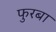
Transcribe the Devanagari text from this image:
फुरबा